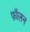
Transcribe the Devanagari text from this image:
फ़ॉलन